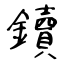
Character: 鑟